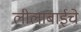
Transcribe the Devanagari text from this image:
लीलाबाईचे